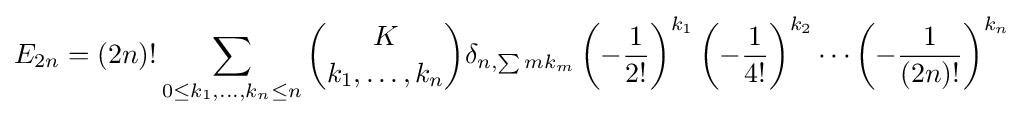
E_{2n}=(2n)!\sum _{0\leq k_{1},\ldots ,k_{n}\leq n}{\binom {K}{k_{1},\ldots ,k_{n}}}\delta _{n,\sum mk_{m}}\left(-{\frac {1}{2!}}\right)^{k_{1}}\left(-{\frac {1}{4!}}\right)^{k_{2}}\cdots \left(-{\frac {1}{(2n)!}}\right)^{k_{n}}